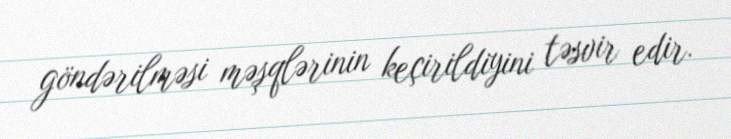
göndərilməsi məşqlərinin keçirildiyini təsvir edir.